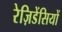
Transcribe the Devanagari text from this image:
रेज़िडेंसियों